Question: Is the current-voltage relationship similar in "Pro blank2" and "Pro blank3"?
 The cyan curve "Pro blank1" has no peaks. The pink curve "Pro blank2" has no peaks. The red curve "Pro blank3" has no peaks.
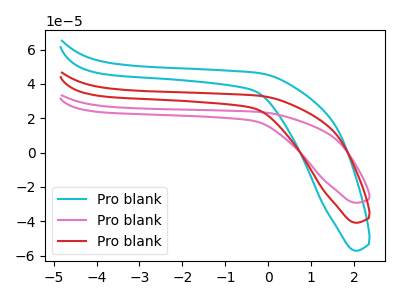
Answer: <think>Neither "Pro blank2" or "Pro blank3" have any peaks.
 </think>
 <answer>"Pro blank2" and "Pro blank3" are similar in shape.</answer>
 <eval>same_shape</eval>